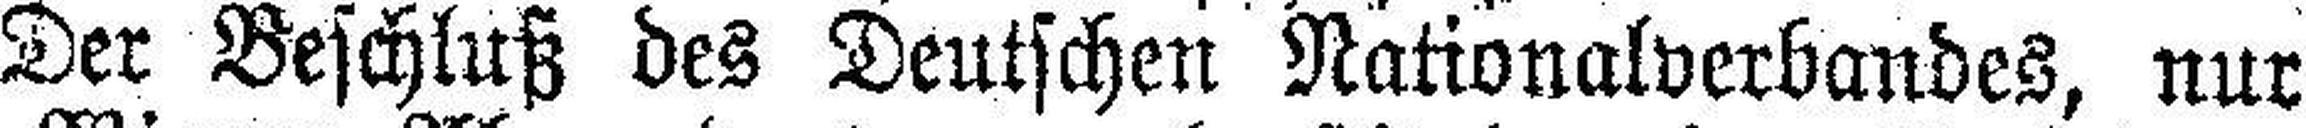
Der Beschluß des Deutschen Nationalverbandes, nur